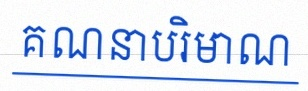
គណនាបរិមាណ